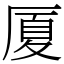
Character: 厦